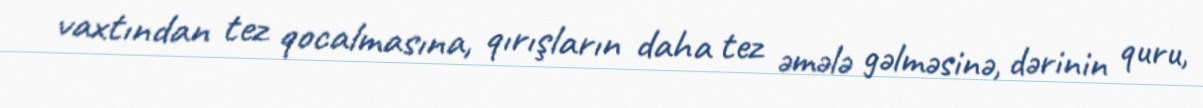
vaxtından tez qocalmasına, qırışların daha tez əmələ gəlməsinə, dərinin quru,